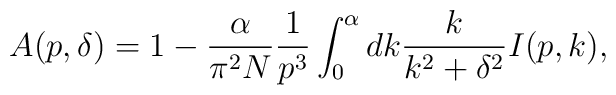
A(p, \delta )=1 - \frac{\alpha}{\pi^2N}\frac{1}{p^3} \int _0^\alpha dk \frac{k}{k^2+ \delta ^2}I(p,k),